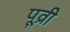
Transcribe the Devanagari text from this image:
पूव्री